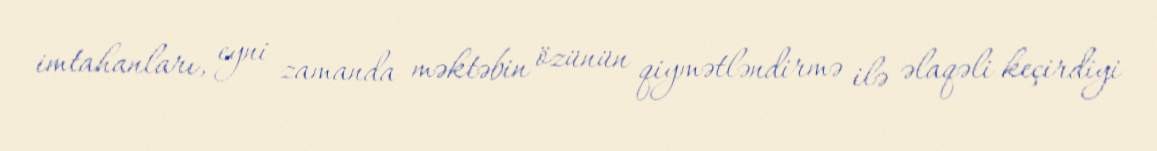
imtahanları, eyni zamanda məktəbin özünün qiymətləndirmə ilə əlaqəli keçirdiyi